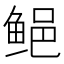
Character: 𱇰